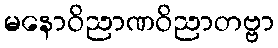
မနောဝိညာဏဝိညာတဗ္ဗာ